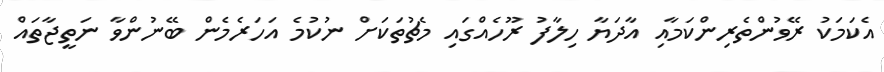
އެކަމަކު ރޭވުންތެރިންކަމާއި އާދަޔާ ހިލާފު ރޫހެއްގައި މެޗުތަކަށް ނުކުމެ އަހަރެމެން ބޭނުންވާ ނަތީޖާތައް